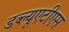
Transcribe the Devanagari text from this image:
डब्ल्यूएटीएस